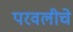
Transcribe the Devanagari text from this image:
परवलीचे